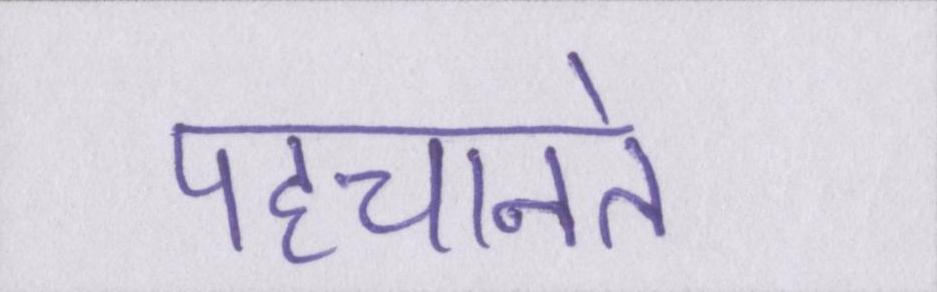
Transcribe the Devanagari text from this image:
पहचानते